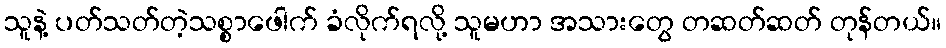
သူနဲ့ ပတ်သတ်တဲ့သစ္စာဖေါက် ခံလိုက်ရလို့ သူမဟာ အသားတွေ တဆတ်ဆတ် တုန်တယ်။